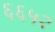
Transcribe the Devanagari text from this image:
६६५२